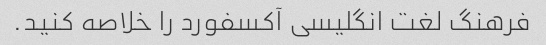
فرهنگ لغت انگلیسی آکسفورد را خلاصه کنید.